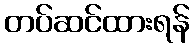
တပ်ဆင်ထားရန်